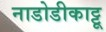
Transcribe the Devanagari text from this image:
नाडोडीकाट्टू